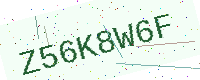
Text: Z56K8W6F